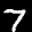
Label: 7